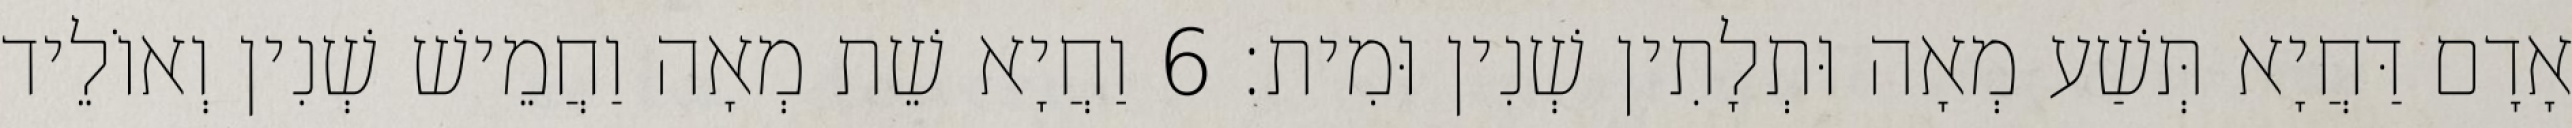
אָדָם דַּחֲיָא תְּשַׁע מְאָה וּתְלָתִין שְׁנִין וּמִית׃ 6 וַחֲיָא שֵׁת מְאָה וַחֲמֵישׁ שְׁנִין וְאוֹלֵיד